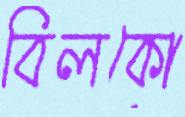
বিলকো